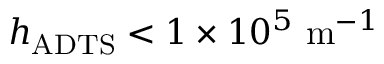
h _ { \mathrm { A D T S } } < 1 \times 1 0 ^ { 5 } \ \mathrm { m } ^ { - 1 }